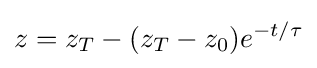
z=z_{T}-(z_{T}-z_{0})e^{-t/\tau }